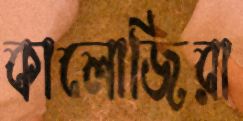
কালোজিরা